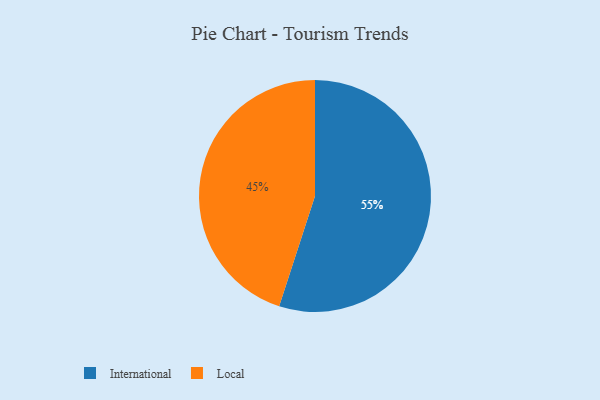
{"axis": {"x": "Category", "y": "Percentage"}, "legend": ["International", "Local"], "data": [{"x": "International", "y": 55, "type": "International"}, {"x": "Local", "y": 45, "type": "Local"}]}